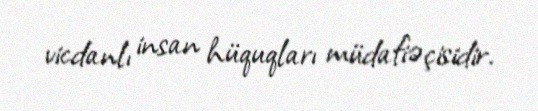
vicdanlı insan hüquqları müdafiəçisidir.